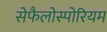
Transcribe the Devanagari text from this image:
सेफैलोस्पोरियम